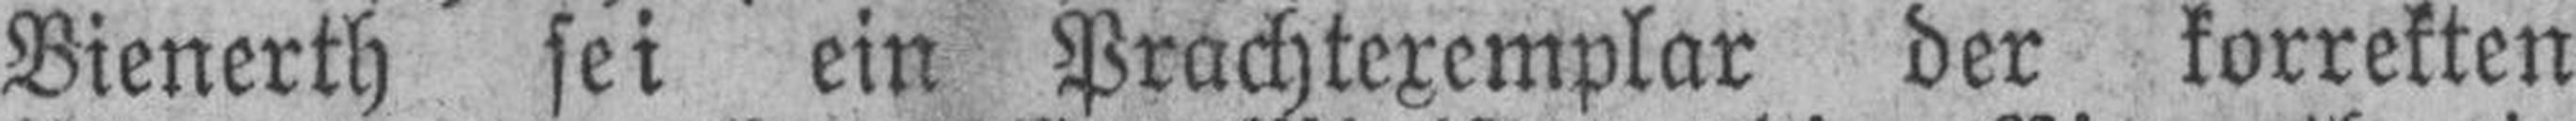
Bienerth sei ein Prachtexemplar der korrekten